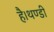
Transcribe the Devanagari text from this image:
है।थण्डी